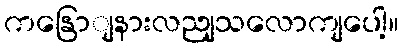
ကနြောျနားလညျသလောကျပေါ့။